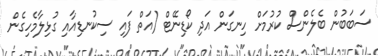
ސަބަބުން ބެލެންސް ކުރުމަށް ހިނގަން އަދި ކޯޑިނޭޓް (އަތް ފައި ސިކުނޑިއާއި ގުޅިލާމެހިގެން